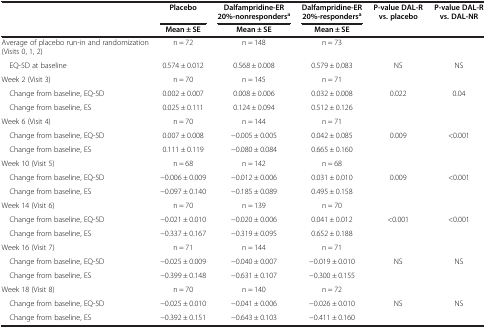
<table><thead><tr><td><b> </b></td><td><b>Placebo</b></td><td><b>Dalfampridine-ER 20%-nonresponders<sup>a</sup></b></td><td><b>Dalfampridine-ER 20%-responders<sup>a</sup></b></td><td><b>P-value DAL-R vs. placebo</b></td><td><b>P-value DAL-R vs. DAL-NR</b></td></tr><tr><td><b> </b></td><td><b>Mean ± SE</b></td><td><b>Mean ± SE</b></td><td><b>Mean ± SE</b></td><td><b> </b></td><td><b> </b></td></tr></thead><tbody><tr><td>Average of placebo run-in and randomization (Visits 0, 1, 2)</td><td>n = 72</td><td>n = 148</td><td>n = 73</td><td> </td><td> </td></tr><tr><td> EQ-5D at baseline</td><td>0.574 ± 0.012</td><td>0.568 ± 0.008</td><td>0.579 ± 0.083</td><td>NS</td><td>NS</td></tr><tr><td>Week 2 (Visit 3)</td><td>n = 70</td><td>n = 145</td><td>n = 71</td><td> </td><td> </td></tr><tr><td> Change from baseline, EQ-5D</td><td>0.002 ± 0.007</td><td>0.008 ± 0.006</td><td>0.032 ± 0.008</td><td>0.022</td><td>0.04</td></tr><tr><td> Change from baseline, ES</td><td>0.025 ± 0.111</td><td>0.124 ± 0.094</td><td>0.512 ± 0.126</td><td> </td><td> </td></tr><tr><td>Week 6 (Visit 4)</td><td>n = 70</td><td>n = 144</td><td>n = 71</td><td> </td><td> </td></tr><tr><td> Change from baseline, EQ-5D</td><td>0.007 ± 0.008</td><td>−0.005 ± 0.005</td><td>0.042 ± 0.085</td><td>0.009</td><td>&lt;0.001</td></tr><tr><td> Change from baseline, ES</td><td>0.111 ± 0.119</td><td>−0.080 ± 0.084</td><td>0.665 ± 0.160</td><td> </td><td> </td></tr><tr><td>Week 10 (Visit 5)</td><td>n = 68</td><td>n = 142</td><td>n = 68</td><td> </td><td> </td></tr><tr><td> Change from baseline, EQ-5D</td><td>−0.006 ± 0.009</td><td>−0.012 ± 0.006</td><td>0.031 ± 0.010</td><td>0.009</td><td>&lt;0.001</td></tr><tr><td> Change from baseline, ES</td><td>−0.097 ± 0.140</td><td>−0.185 ± 0.089</td><td>0.495 ± 0.158</td><td> </td><td> </td></tr><tr><td>Week 14 (Visit 6)</td><td>n = 70</td><td>n = 139</td><td>n = 70</td><td> </td><td> </td></tr><tr><td> Change from baseline, EQ-5D</td><td>−0.021 ± 0.010</td><td>−0.020 ± 0.006</td><td>0.041 ± 0.012</td><td>&lt;0.001</td><td>&lt;0.001</td></tr><tr><td> Change from baseline, ES</td><td>−0.337 ± 0.167</td><td>−0.319 ± 0.095</td><td>0.652 ± 0.188</td><td> </td><td> </td></tr><tr><td>Week 16 (Visit 7)</td><td>n = 71</td><td>n = 144</td><td>n = 71</td><td> </td><td> </td></tr><tr><td> Change from baseline, EQ-5D</td><td>−0.025 ± 0.009</td><td>−0.040 ± 0.007</td><td>−0.019 ± 0.010</td><td>NS</td><td>NS</td></tr><tr><td> Change from baseline, ES</td><td>−0.399 ± 0.148</td><td>−0.631 ± 0.107</td><td>−0.300 ± 0.155</td><td> </td><td> </td></tr><tr><td>Week 18 (Visit 8)</td><td>n = 70</td><td>n = 140</td><td>n = 72</td><td> </td><td> </td></tr><tr><td> Change from baseline, EQ-5D</td><td>−0.025 ± 0.010</td><td>−0.041 ± 0.006</td><td>−0.026 ± 0.010</td><td>NS</td><td>NS</td></tr><tr><td> Change from baseline, ES</td><td>−0.392 ± 0.151</td><td>−0.643 ± 0.103</td><td>−0.411 ± 0.160</td><td> </td><td> </td></tr></tbody></table>